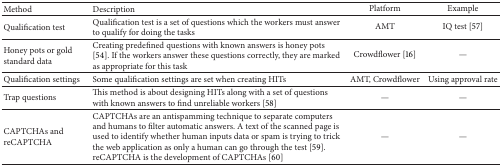
<table><thead><tr><td><b>Method</b></td><td><b>Description</b></td><td><b>Platform</b></td><td><b>Example</b></td></tr></thead><tbody><tr><td>Qualification test</td><td>Qualification test is a set of questions which the workers must answer to qualify for doing the tasks</td><td>AMT</td><td>IQ test [57]</td></tr><tr><td>Honey pots or gold standard data</td><td>Creating predefined questions with known answers is honey pots [54]. If the workers answer these questions correctly, they are marked as appropriate for this task</td><td>Crowdflower [16]</td><td>—</td></tr><tr><td>Qualification settings</td><td>Some qualification settings are set when creating HITs</td><td>AMT, Crowdflower</td><td>Using approval rate</td></tr><tr><td>Trap questions</td><td>This method is about designing HITs along with a set of questions with known answers to find unreliable workers [58]</td><td>—</td><td>—</td></tr><tr><td>CAPTCHAs and reCAPTCHA</td><td>CAPTCHAs are an antispamming technique to separate computers and humans to filter automatic answers. A text of the scanned page is used to identify whether human inputs data or spam is trying to trick the web application as only a human can go through the test [59]. reCAPTCHA is the development of CAPTCHAs [60]</td><td>—</td><td>—</td></tr></tbody></table>